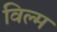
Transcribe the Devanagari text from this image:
विल्म